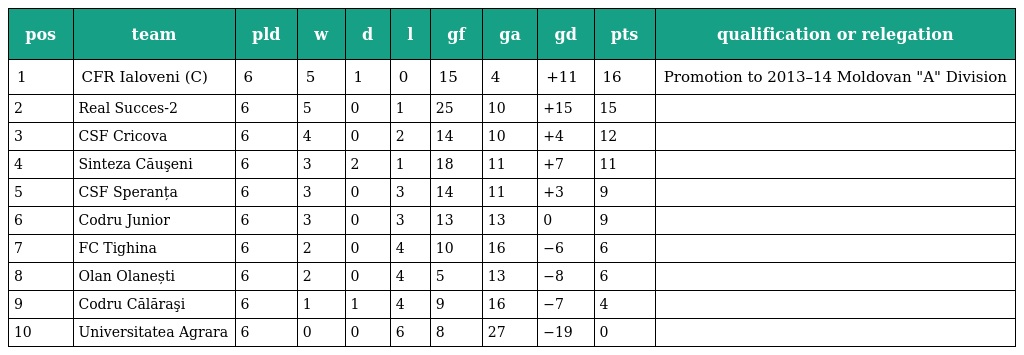
| pos | team | pld | w | d | l | gf | ga | gd | pts | qualification or relegation |
 | --- | --- | --- | --- | --- | --- | --- | --- | --- | --- | --- |
 | 1 | CFR Ialoveni (C) | 6 | 5 | 1 | 0 | 15 | 4 | +11 | 16 | Promotion to 2013–14 Moldovan "A" Division |
 | 2 | Real Succes-2 | 6 | 5 | 0 | 1 | 25 | 10 | +15 | 15 |  |
 | 3 | CSF Cricova | 6 | 4 | 0 | 2 | 14 | 10 | +4 | 12 |  |
 | 4 | Sinteza Căuşeni | 6 | 3 | 2 | 1 | 18 | 11 | +7 | 11 |  |
 | 5 | CSF Speranța | 6 | 3 | 0 | 3 | 14 | 11 | +3 | 9 |  |
 | 6 | Codru Junior | 6 | 3 | 0 | 3 | 13 | 13 | 0 | 9 |  |
 | 7 | FC Tighina | 6 | 2 | 0 | 4 | 10 | 16 | −6 | 6 |  |
 | 8 | Olan Olanești | 6 | 2 | 0 | 4 | 5 | 13 | −8 | 6 |  |
 | 9 | Codru Călăraşi | 6 | 1 | 1 | 4 | 9 | 16 | −7 | 4 |  |
 | 10 | Universitatea Agrara | 6 | 0 | 0 | 6 | 8 | 27 | −19 | 0 |  |